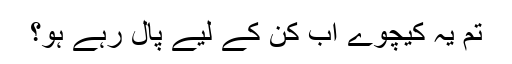
تم یہ کیچوے اب کن کے لیے پال رہے ہو؟